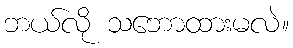
ဘယ်လို သဘောထားမလဲ။